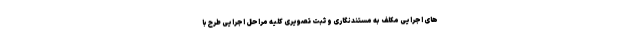
های اجرایی مکلف به مستندنگاری و ثبت تصویری کلیه مراحل اجرایی طرح با